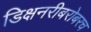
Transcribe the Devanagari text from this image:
डिक्षनरीबरोबरच